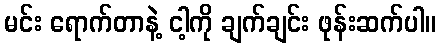
မင်း ရောက်တာနဲ့ ငါ့ကို ချက်ချင်း ဖုန်းဆက်ပါ။